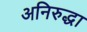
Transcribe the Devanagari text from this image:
अनिरुद्धा